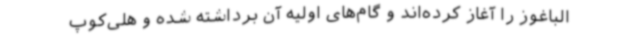
الباغوز را آغاز کرده‌اند و گام‌های اولیه آن برداشته شده و هلی‌کوپ